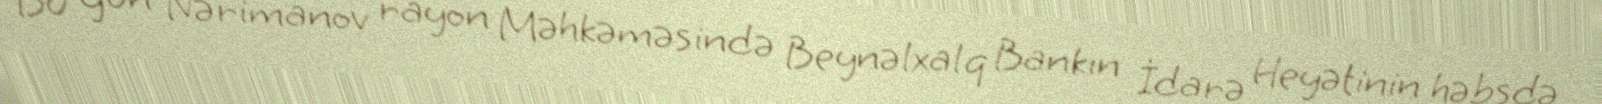
Bu gün Nərimanov rayon Məhkəməsində Beynəlxalq Bankın İdarə Heyətinin həbsdə